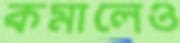
কমালেও